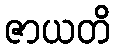
ဇာယတိ